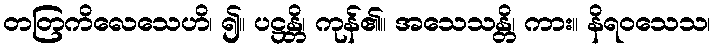
တတြကိလေသေဟိ၊ ၍။ ပဋ္ဌန္တိ၊ ကုန်၏။ အသေသန္တိ၊ ကား။ နိရဝသေသ၊